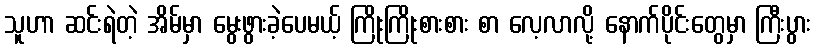
သူဟာ ဆင်းရဲတဲ့ အိမ်မှာ မွေးဖွားခဲ့ပေမယ့် ကြိုးကြိုးစားစား စာ လေ့လာလို့ နောက်ပိုင်းတွေမှာ ကြီးပွား